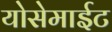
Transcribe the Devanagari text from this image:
योसेमाईट